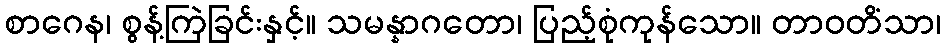
စာဂေန၊ စွန့်ကြဲခြင်းနှင့်။ သမန္နာဂတော၊ ပြည့်စုံကုန်သော။ တာဝတိံသာ၊